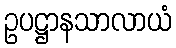
ဥပဋ္ဌာနသာလာယံ